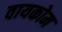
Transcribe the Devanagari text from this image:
वायकोम